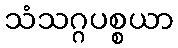
သံသဂ္ဂပစ္စယာ